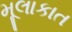
મૂલાકાત